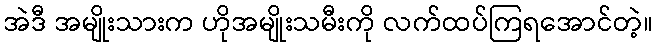
အဲဒီ အမျိုးသားက ဟိုအမျိုးသမီးကို လက်ထပ်ကြရအောင်တဲ့။